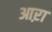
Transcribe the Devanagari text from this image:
आऱा